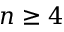
n \ge 4